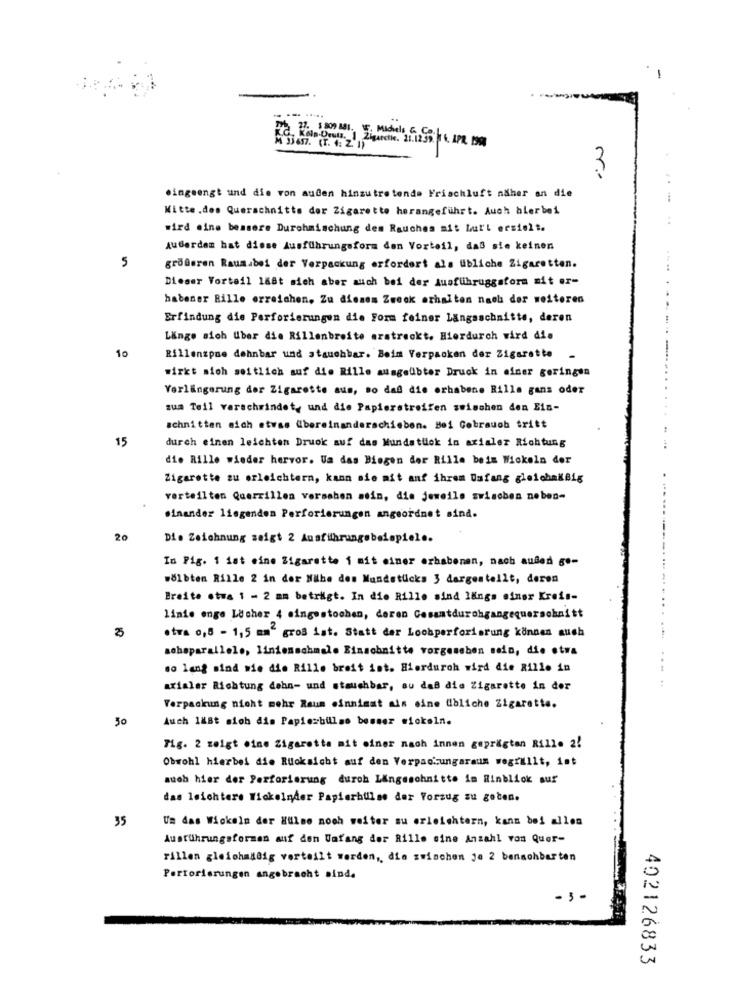
3
eingeengt und die ron auden hinzutretende Frischluft näher an die
Mitte.des Querschnitts der Zigarette herangeführt. Auch hierbei
wird eine bessere Durchmischung des Rauches ait laur'l ersielt.
AuBerdem hat diese Ausführungsform den Vorteil, daß sie keinen
5
größeren Raum.bei der Verpackung erfordert als übliche Zigaretten.
Dieser Vorteil 188t sich aber auch bei der Ausführuggsform mit er-
habener Bille erreichen, Zu diesem Zweck erhalten nach der weiteren
Erfindung die Perforierungen die Form feiner Langsschnitte, deren
Lange sich Uber die Rillenbreite erstreckt. Hierdurch wird die
10
Rillenzpne dehnbar und stauchbar. Beim Verpacken der Zigarette
wirkt sich seitlich auf die Rille ausgeübter Druck in einer geringen
Verlängerung der Zigarette aus, so daß die erhabene Rille gans oder
zum Teil verschwindet, und die Papierstreifen zwischen den Ein-
schnitten sich etwas übereinanderschieben. Bei Cobrauch tritt
durch einen leichten Druck auf das Mundstück in arialer Richtung
15
die Rille wieder hervor. Ua das Biegen der Rille beim Wickeln der
Zigarette zu erleichtern, kann sie mit anf ihrem Umfang gleichakBig
verteilten Querrillen versaben sein, die jeweils swisoben neben-
einander liegenden Perforierungen angeordnet sind.
20
Die Zeichnung zeigt 2 Ausführungobeispiel ..
In Pig. 1 fat eine Zigarette i mit einer erhabenen, nach außen g"-
#ölbten Rille 2 in der Nähe des Mundstücks 3 dargestellt, deren
Breite etwa 1 - 2 mm beträgt. In die Rille sind längs einer Kreis-
...
linie enge Licher 4 singestochen, deren Cesantdurchgangequerschnitt
.tra 0,8 - 1,5 mm“ gros ist. Statt der Loobperforierung können auch
sohaparallele, linienschmale Einschnitte vorgesehen sein, die etwa
...
so lang sind wie die Rille breit ist. Hierdurch wird die Rillo in
axialer Richtung dehn- und stauchbar, au daß die Zigarette in der
Verpackung nicht mehr Raum ainnimat ais eine übliche Zigarette.
30
Auch 188t sich dis Papierbulse besser wickeln.
Tig. 2 zeigt eine Zigarette mit einer nach innen geprägten Rille 2!
Obwohl hierbei die Ruoksicht auf den Verpackungaraum wegrallt, ist
auch hier der Perforierung durch Lingeschnitte im Hinblick sur
das leichtere Wickelnder Papierbullse der Vorzug zu goten.
35
Un das Wickeln der Hulse noch weiter su erleichtern, kann bei allen
Ausführungsformen auf den Umfang der Rille sine Anzahl von Quer-
rillen gleichmäßig verteilt werden, die zwischen je 2 benachbarten
Portorierungen angebracht sind.
-3-
402126833